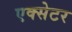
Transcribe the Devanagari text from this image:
एक्‍सेटर